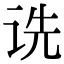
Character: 诜